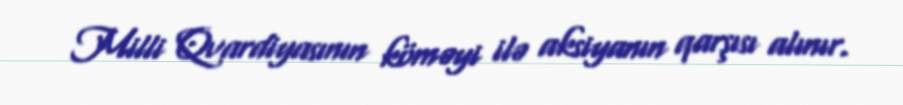
Milli Qvardiyasının köməyi ilə aksiyanın qarşısı alınır.